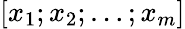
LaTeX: \left[\begin{array}{l}{x_{1};x_{2};\dots;x_{m}}\end{array}\right]